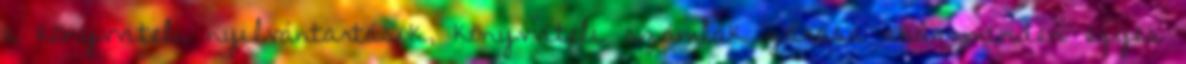
a könyvviteli nyilvántartások, könyvviteli számlák zárása akár minden egyes